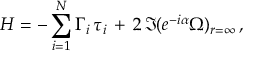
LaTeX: H = - \sum _ { i = 1 } ^ { N } \Gamma _ { i } \, \tau _ { i } \, + \, 2 \, \Im ( e ^ { - i \alpha } \Omega ) _ { r = \infty } \, ,